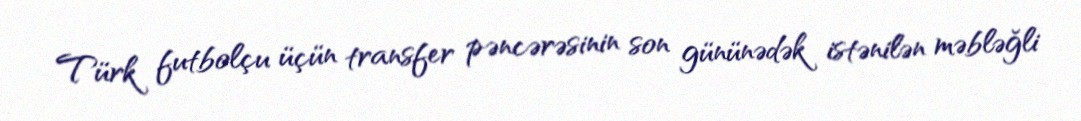
Türk futbolçu üçün transfer pəncərəsinin son gününədək istənilən məbləğli